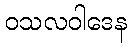
ဝသလဝါဒေန